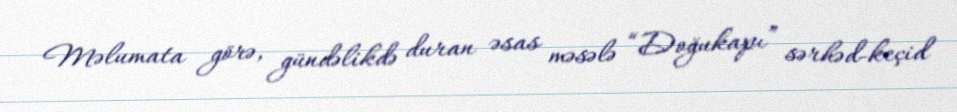
Məlumata görə, gündəlikdə duran əsas məsələ “Doğukapı” sərhəd-keçid